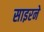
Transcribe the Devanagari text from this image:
साइरने